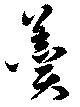
羮